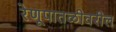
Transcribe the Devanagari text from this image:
रेणूपातळीवरील